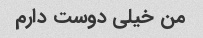
من خیلی دوست دارم